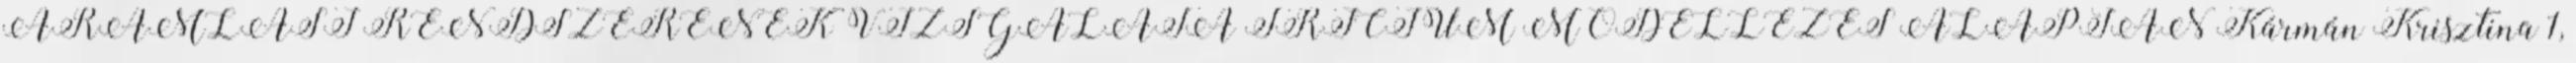
ÁRAMLÁSI RENDSZERÉNEK VIZSGÁLATA TRÍCIUM MODELLEZÉS ALAPJÁN Kármán Krisztina 1,